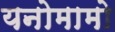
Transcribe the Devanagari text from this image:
यनोमामो